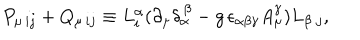
LaTeX: P _ { \mu \, i j } + Q _ { \mu \, i j } \equiv L _ { i } ^ { \alpha } ( \partial _ { \mu } \delta _ { \alpha } ^ { \, \beta } - g \, \epsilon _ { \alpha \beta \gamma } A _ { \mu } ^ { \gamma } ) L _ { \beta \; j } ,